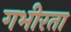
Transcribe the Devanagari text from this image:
गभीरता